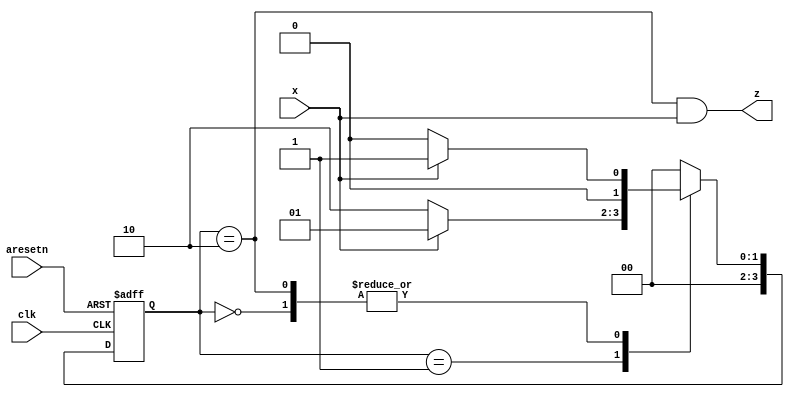
module top_module (
    input clk,
    input aresetn,    // Asynchronous active-low reset
    input x,
    output z ); 
    parameter   IDLE   = 4'b0000,
                STATE1 = 4'b0001,
                STATE2 = 4'b0010,
                STATE3 = 4'b0100;
    reg [3:0] state,next_state;
    
    always @(*)begin
        case(state)
            IDLE:next_state<=x?STATE1:IDLE;
            STATE1:next_state<=x?STATE1:STATE2;
            STATE2:next_state<=x?STATE1:IDLE;
            default: next_state<=IDLE;
        endcase
    end

    always @(posedge clk or negedge aresetn) begin
        if(!aresetn)  state<=IDLE;
        else         state<=next_state;
    end
    
    assign z=(state==STATE2) && x;

endmodule
/*
module top_module (
	input clk,
	input aresetn,
	input x,
	output reg z
);

	parameter S=0, S1=1, S10=2;
	reg[1:0] state, next;		
	
	
	always@(posedge clk, negedge aresetn)
		if (!aresetn)
			state <= S;
		else
			state <= next;

    
	always@(*) begin
		case (state)
			S: next = x ? S1 : S;
			S1: next = x ? S1 : S10;
			S10: next = x ? S1 : S;
			default: next = 'x;
		endcase
	end

	always@(*) begin
		case (state)
			S: z = 0;
			S1: z = 0;
			S10: z = x;		// This is a Mealy state machine: The output can depend (combinational) on the input.
			default: z = 1'bx;
		endcase
	end
	
endmodule